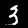
Digit: 3